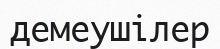
демеушілер